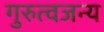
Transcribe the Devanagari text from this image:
गुरुत्वजन्य